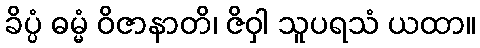
ခိပ္ပံ ဓမ္မံ ဝိဇာနာတိ၊ ဇိဝှါ သူပရသံ ယထာ။